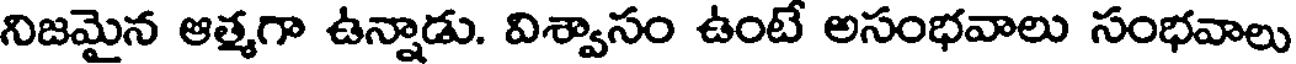
నిజమైన ఆత్మగా ఉన్నాడు. విశ్వాసం ఉంటే అసంభవాలు సంభవాలు